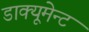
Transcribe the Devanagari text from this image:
डाक्यूमेन्ट